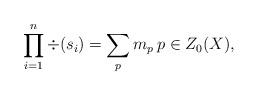
LaTeX: \begin{align*} \prod_{i=1}^{n}\div(s_{i})=\sum_{p}m_{p}\, p \in Z_{0}(X),\end{align*}